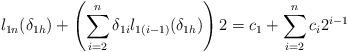
LaTeX: \begin{align*}l_{1n}(\delta_{1h})+\left(\sum\limits^{n}_{i=2}\delta_{1i}l_{1(i-1)}(\delta_{1h})\right)2=c_{1}+\sum\limits^{n}_{i=2}c_{i}2^{i-1}\end{align*}